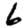
Digit: 6